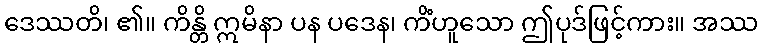
ဒေဿတိ၊ ၏။ ကိန္တိ ဣမိနာ ပန ပဒေန၊ ကိံဟူသော ဤပုဒ်ဖြင့်ကား။ အဿ